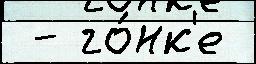
 - го́нк'е